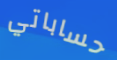
حساباتي